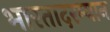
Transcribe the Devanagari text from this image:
भारतादरम्यान